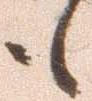
も